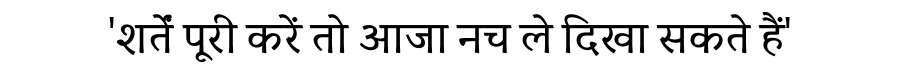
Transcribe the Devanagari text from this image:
'शर्तें पूरी करें तो आजा नच ले दिखा सकते हैं'